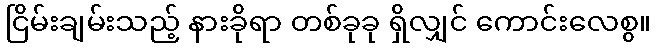
ငြိမ်းချမ်းသည့် နားခိုရာ တစ်ခုခု ရှိလျှင် ကောင်းလေစွ။